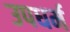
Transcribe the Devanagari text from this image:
उपधर्म